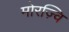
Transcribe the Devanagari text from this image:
मोरज़्वि